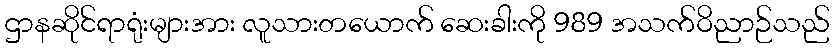
ဌာနဆိုင်ရာရုံးများအား လူသားတယောက် ဆေးခါးကို 989 အသက်ဝိညာဉ်သည်